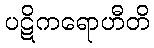
ပဋိကရောဟီတိ